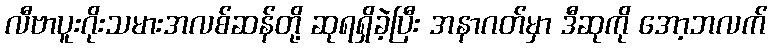
လီဗာပူးဂိုးသမားအလစ်ဆန်တို့ ဆုရရှိခဲ့ပြီး အနာဂတ်မှာ ဒီဆုကို အော့ဘလက်